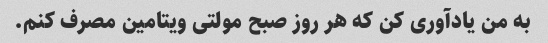
به من یادآوری کن که هر روز صبح مولتی ویتامین مصرف کنم.